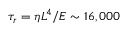
\tau _ { r } = \eta L ^ { 4 } / E \sim 1 6 , 0 0 0